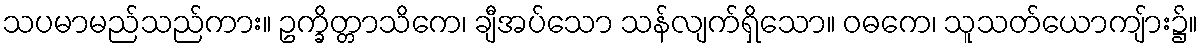
သပမာမည်သည်ကား။ ဥက္ခိတ္တာသိကေ၊ ချီအပ်သော သန်လျက်ရှိသော။ ဝဓကေ၊ သူသတ်ယောကျ်ား၌။